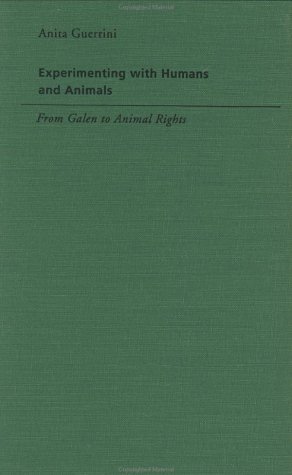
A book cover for Experimenting with Humans and Animals: From Galen to Animal Rights; Professor Anita Guerrini; Medical Books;